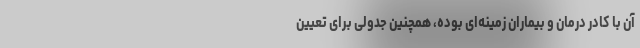
آن با کادر درمان و بیماران زمینه‌ای بوده، همچنین جدولی برای تعیین